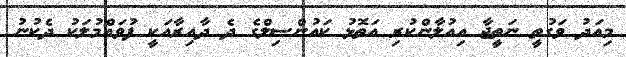
މިއަދު ވަގުތީ ނަތީޖާ އިއުލާންކުރި އަތޮޅު ކައުންސިލްގެ ދެ ދާއިރާއަކީ ފުވައްމުލަކު ދެކުނު